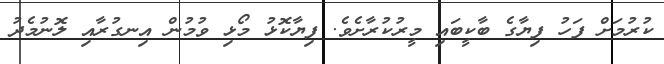
ކުރުމަށް ފަހު ފިޔާގެ ބާކީބައި މީރުކުރާށެވެ. ފިޔާކޮޅު މޯޅި ވުމުން އިނގުރާއި ލޮނުމެދު